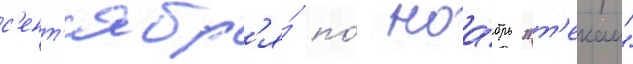
с'ент'ябр'я́ по́ ноа́брь "т'екаи"